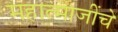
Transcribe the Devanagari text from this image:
महात्माजींचे